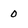
Character: 0